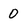
Character: O